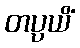
တပ္ပယိံ